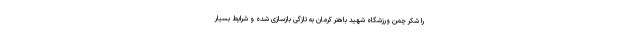
را شکر چمن ورزشگاه شهید باهنر کرمان به تازگی بازسازی شده و شرایط بسیار